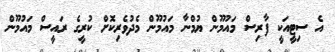
އެ ސިޓީއަކީ ފާރިސް މައުމޫން ޔުމްނާ މައުމޫން މެދުވެރިކޮށް ކުރީގެ ރައީސް މައުމޫން